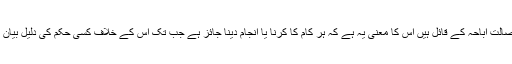
مشہور فقہا اصالت اباحہ کے قائل ہیں اس کا معنی یہ ہے کہ ہر کام کا کرنا یا انجام دینا جائز ہے جب تک اس کے خلاف کسی حکم کی دلیل بیان نہ ہو جائے ۔